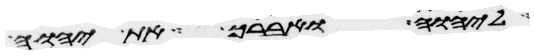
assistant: ליהוה ואברך את יהוה